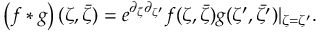
\left( f * g \right) ( \zeta , \bar { \zeta } ) = e ^ { \partial _ { { \bar { \zeta } } } \partial _ { { \zeta ^ { \prime } } } } f ( \zeta , \bar { \zeta } ) g ( \zeta ^ { \prime } , \bar { \zeta ^ { \prime } } ) | _ { \zeta = \zeta ^ { \prime } } .